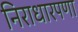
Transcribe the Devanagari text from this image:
निराधारपणा